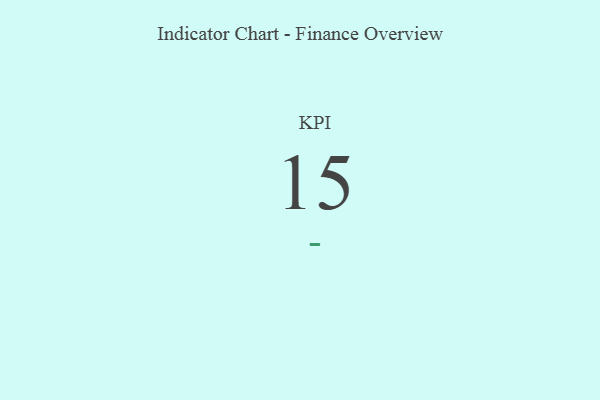
{"axis": {"x": "KPI", "y": "Value"}, "legend": [""], "data": [{"x": "KPI", "y": 15, "type": ""}]}